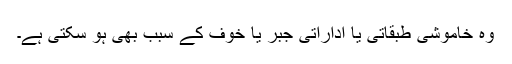
وہ خاموشی طبقاتی یا اداراتی جبر یا خوف کے سبب بھی ہو سکتی ہے۔